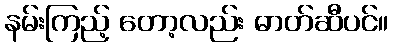
နမ်းကြည့် တော့လည်း ဓာတ်ဆီပင်။